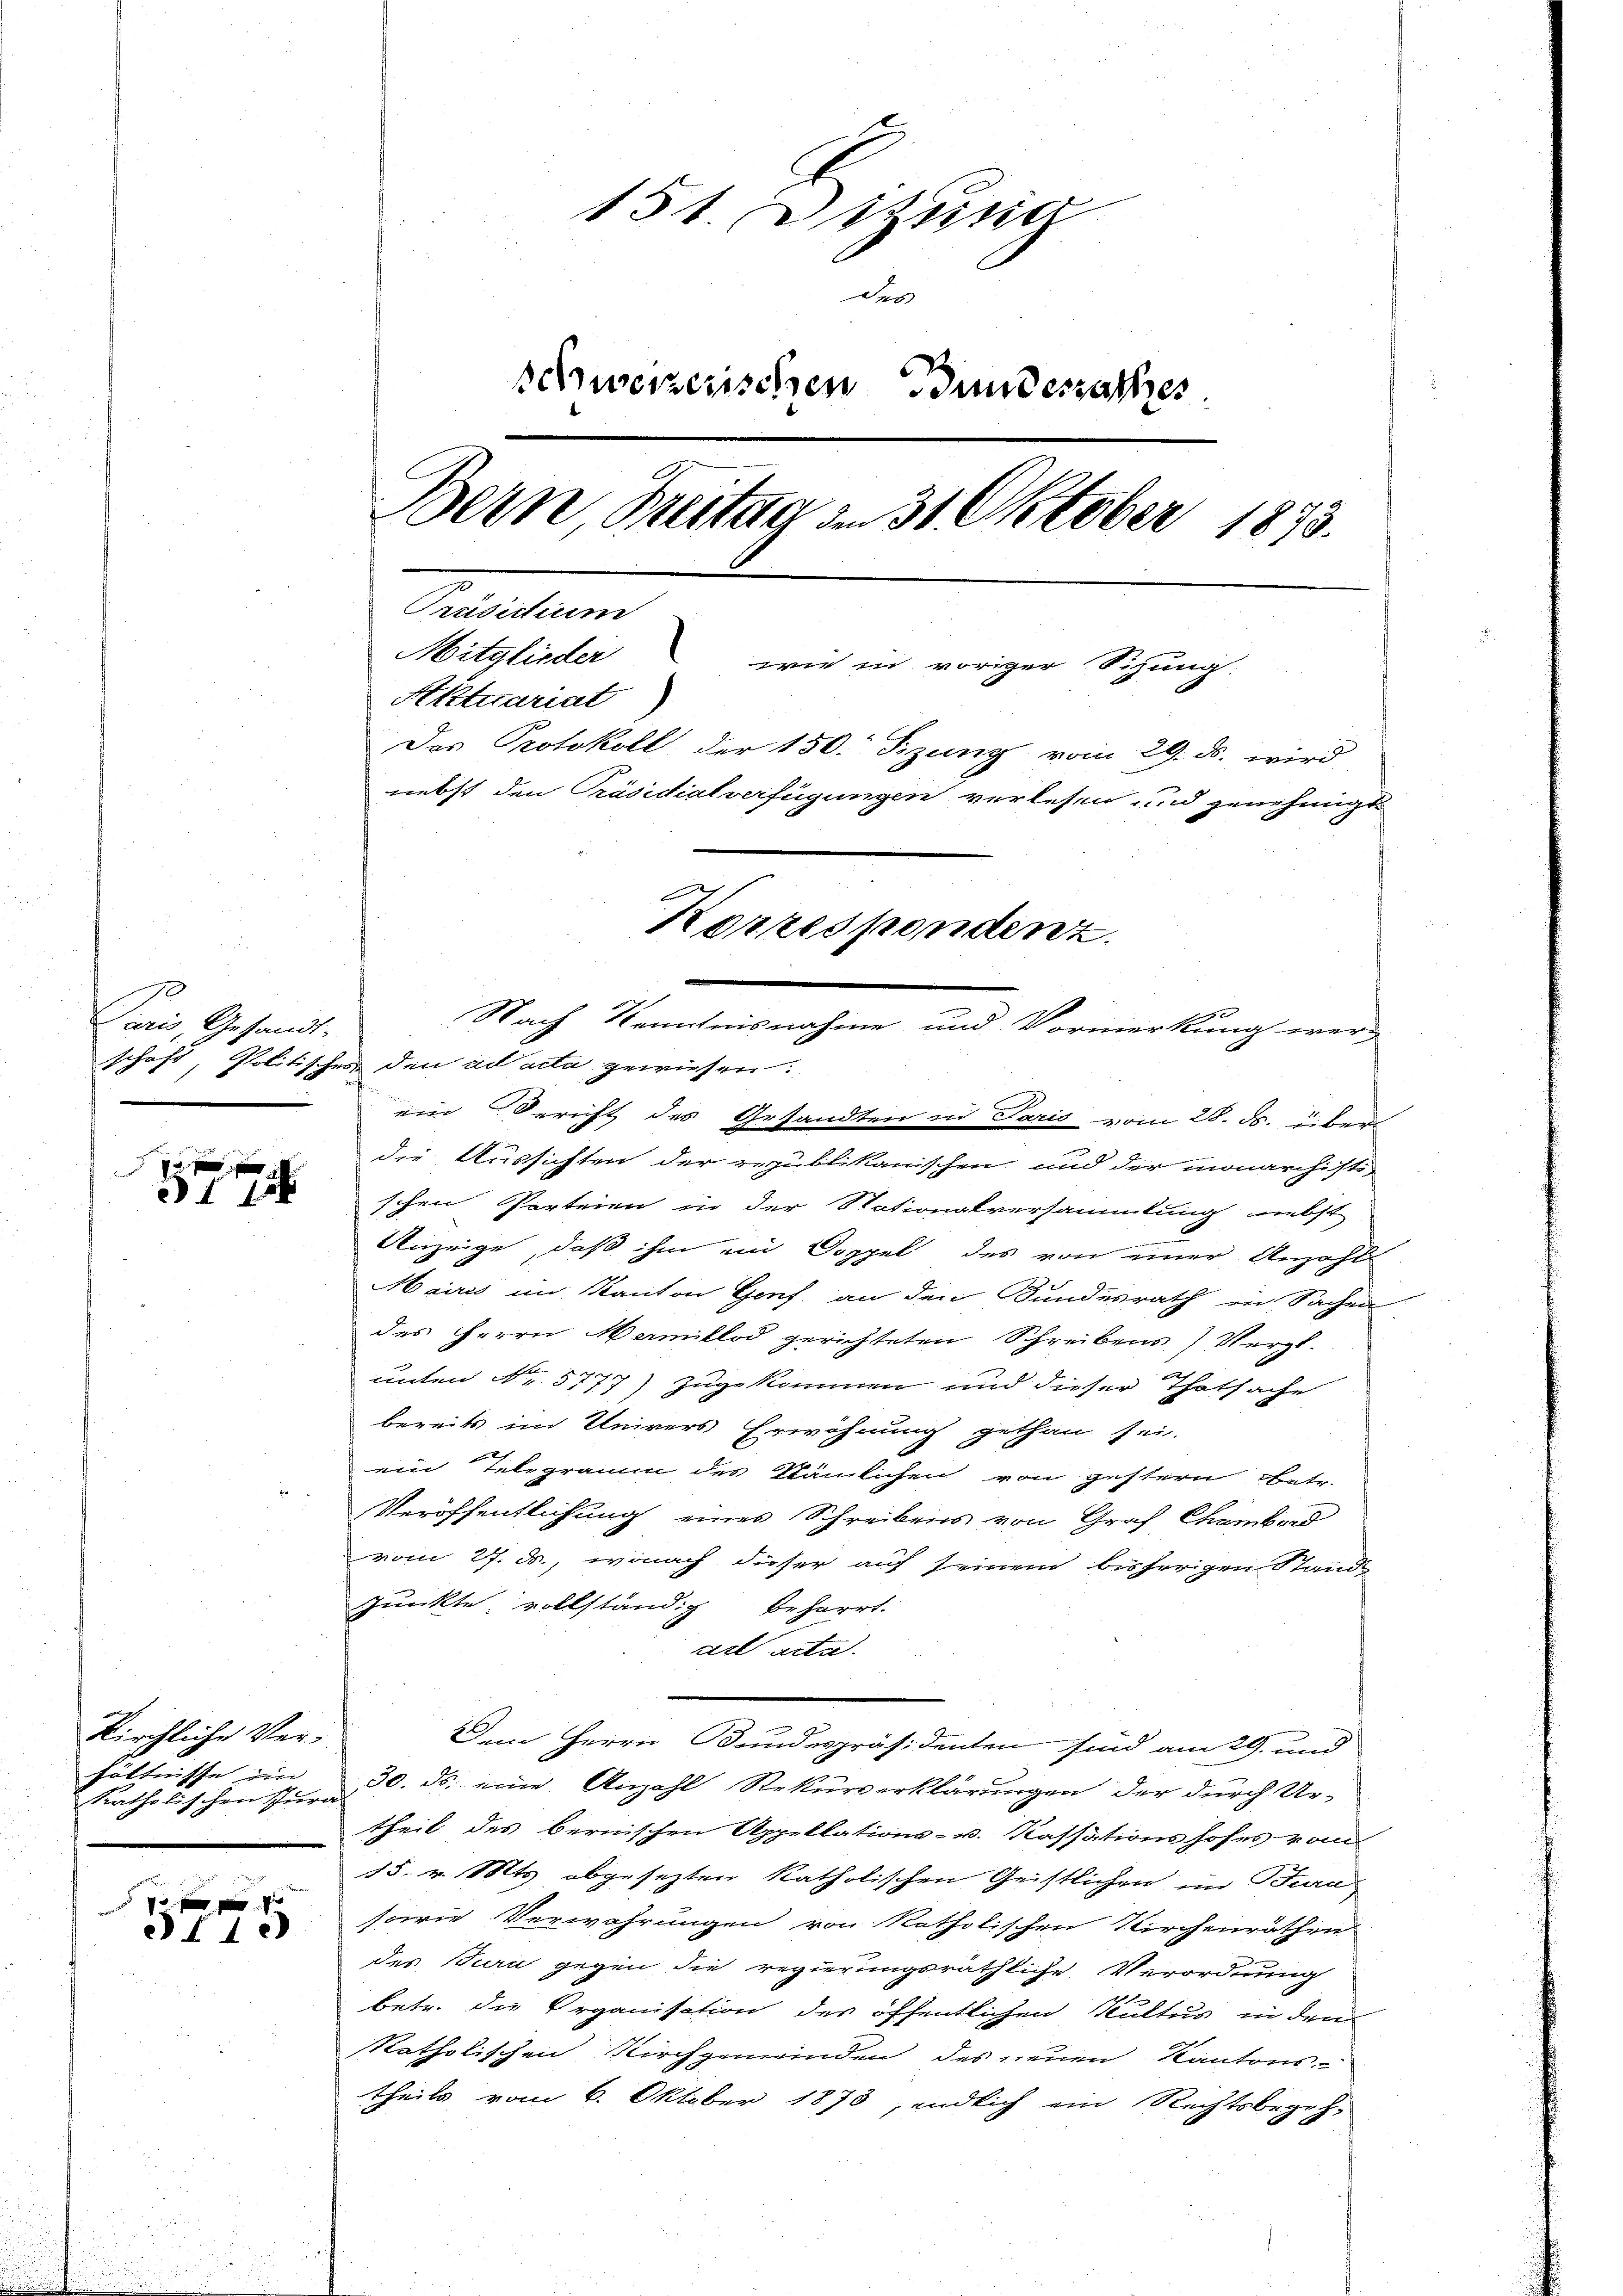
8 x

kirchliche Verhältnisse im |
katholischen Jura

2
ef 1.

151. Dizung
des
schweizerischen Bundesrathes.
Bern Freitag am 31. Oktober 1873.
Präsidium
Mitglieder wie in voriger Sihung.
Aktuariat
Das Protokoll der 150. Sizung vom 29. ds. wird
nebst den Präsidialverfügungen verlesen und genehmigt
Korrespondenz.
a
Nach Kenntnisnahme und Vormerkung wer-
Paris, Gesandt-

schaft, Politischen den ad acta gewiesen.
ein Bericht des Gesandten in Paris vom 28. d. 2. Der
die Aussichten der republikanischen und der monarchisti-
'schen Parteien in der Nationalversammlung nebst
Anzeige, daß ihm in Doppel des von einer Anzahl
Mairis im Kanton Genf an den Bundesrath in Sachen
des Herrn Mamillod gerichteten Schreibens) Vergl.
unten Nr. 5777) zugekommen und dieser Thatsache
bereits im Univers Erwähnung gethan sei.
ein Telegramm des Stämlichen von gestern betr.
Veröffentlichung eines Schreibens von Graf Chambord
vom 27. ds., wonach dieser auf seinem bisherigen Stande
punkte, vollständig beharrt.
erl acta.
Dem Herrn Bundespräsidenten sind am 29. und
30. ds. eine Anzahl Rekurverklärungen der durch Ur-
theil des bernischen Appellations- u. Kassationshofes vom
15. v. Mts. abgesezten katholischen Geistlichen im Bun
sowie Verwahrungen von katholischen Kirchenräthen
des Jura gegen die regierungsräthliche Verordnung
betr. die Organisation des öffentlichen Kultus in dem
katholischen Kirchgemeinden des neuen Kantons-
theils vom 6. Oktober 1873, endlich ein Rechtsbegeh¬